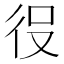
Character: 𭛠